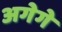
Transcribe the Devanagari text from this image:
अगेगे